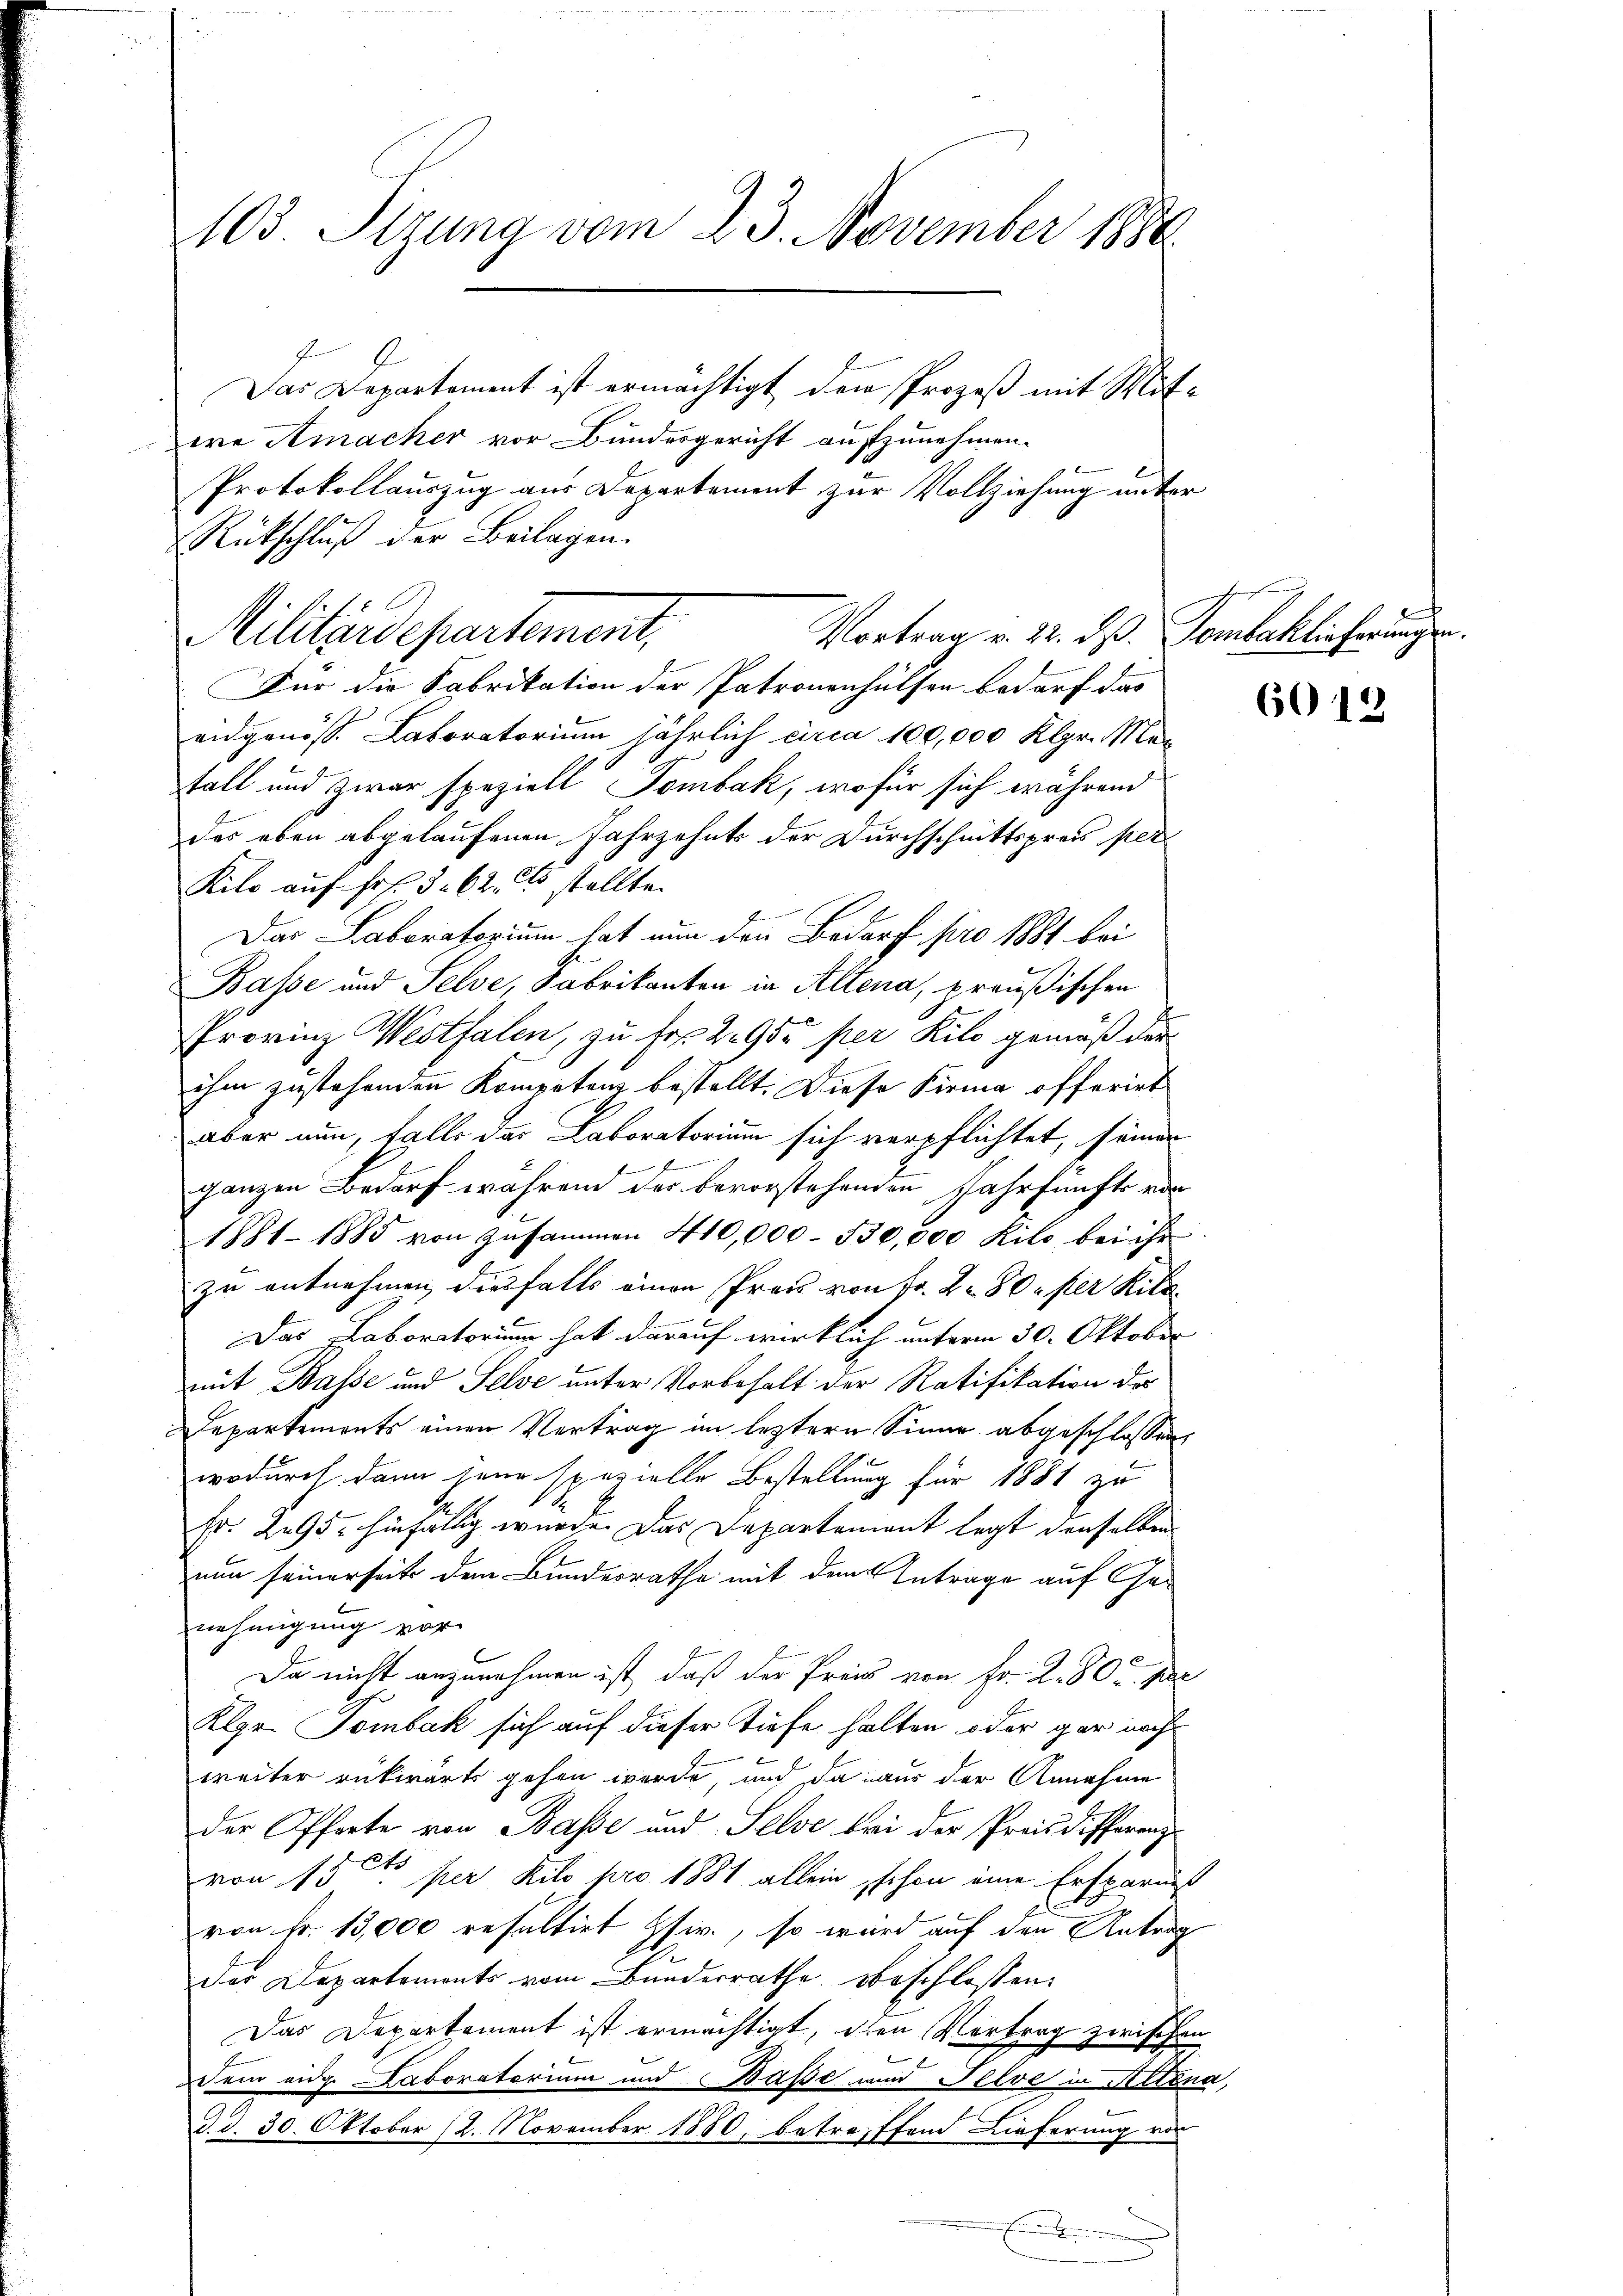
103 Sizung vom 23. November 1880
Das Departement ist ermächtigt den Prozeß mit Mit¬

ie Amacher vor Bundesgericht aufzunehmen.
Protokollauszug aus Departement zur Vollziehung unter
Rückschluß der Beilagen.
Für die Fabrikation der Patronenhülsen bedarf das
eidgenöss. Laboratorium jährlich circa 100,000 Kgr. Mefall und zwar speziell Tombak, wofür sich während
des eben abgelaufenen Jahrzehnts der Durchschnittspreis per
Kilo auf Fr. 3. 62. Es stellte.
Das Laboratorium hat nun den Bedarf pro 1881 bei
Basse und Selve, Fabrikanton in Allena, preußischen
Provinz Westfalen, zu bes. 2955 per Kilo gemäß der
ihm zustehenden Kompetenz bestellt. Diese Firma offerirt
aber nun, falls der Laboratorium sich verpflichtet, seinen
b
ganzen Bedarf wahren des bevorstehenden Jahr fünfte von
1881-1885 von zusammen 410,000 - 530,000 Kilo bei ihr
zu entnehmen diesfalls einen Pros von Fr. 280. per Kitz
Das Laboratorium hat darauf wirklich unterm 30. Oktober |
mit Balse und Selve unter Vorbehalt der Ratifikation des
Departements einen Vertrag im leztern Sinne abgeschlossen
wodurch dann jene spezielle Bestellung für 1881 zu
Fr. 295, hinfällig wurde. Das Departement legt denselben
nun seinerseits dem Bundesrathe mit dem Antrage auf Genehmigung vor
Da nicht anzunehmen ist, daß der Preis von Fr. 2. 80 u. pre
Klgr. Tombák sich auf dieser Tiefe halten oder gar nach
weiter rükwärts gehen werde, und da aus der Annahme
der Offerte von Base und Selve bei der Preisdifferenz¬
Ote
von 13. per Kilo pro 1881 allein schon eine Ersparniß
C
von Fr. 13,000 resultirt Gsw., so wird auf den Antrag
der Departements vom Bunderrathe beschlossen:
Das Departement ist ermächtigt, den Vortrag zwischen
Dem eide Laboratorium und Base und Felve in Allena,
d. d. 30. Oktober (2. November 1880, betreffend Lieferung vor
f

Militärdepartement,

Vortrag v. 22. ds. Tomlaklicherungen.

6012